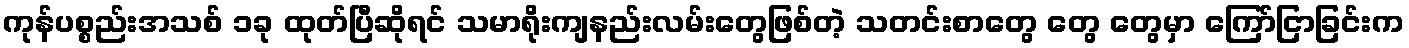
ကုန်ပစ္စည်းအသစ် ၁ခု ထုတ်ပြီဆိုရင် သမာရိုးကျနည်းလမ်းတွေဖြစ်တဲ့ သတင်းစာတွေ တွေ တွေမှာ ကြော်ငြာခြင်းက